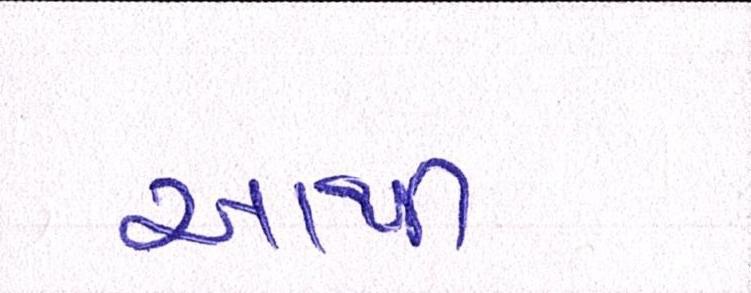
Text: આથી